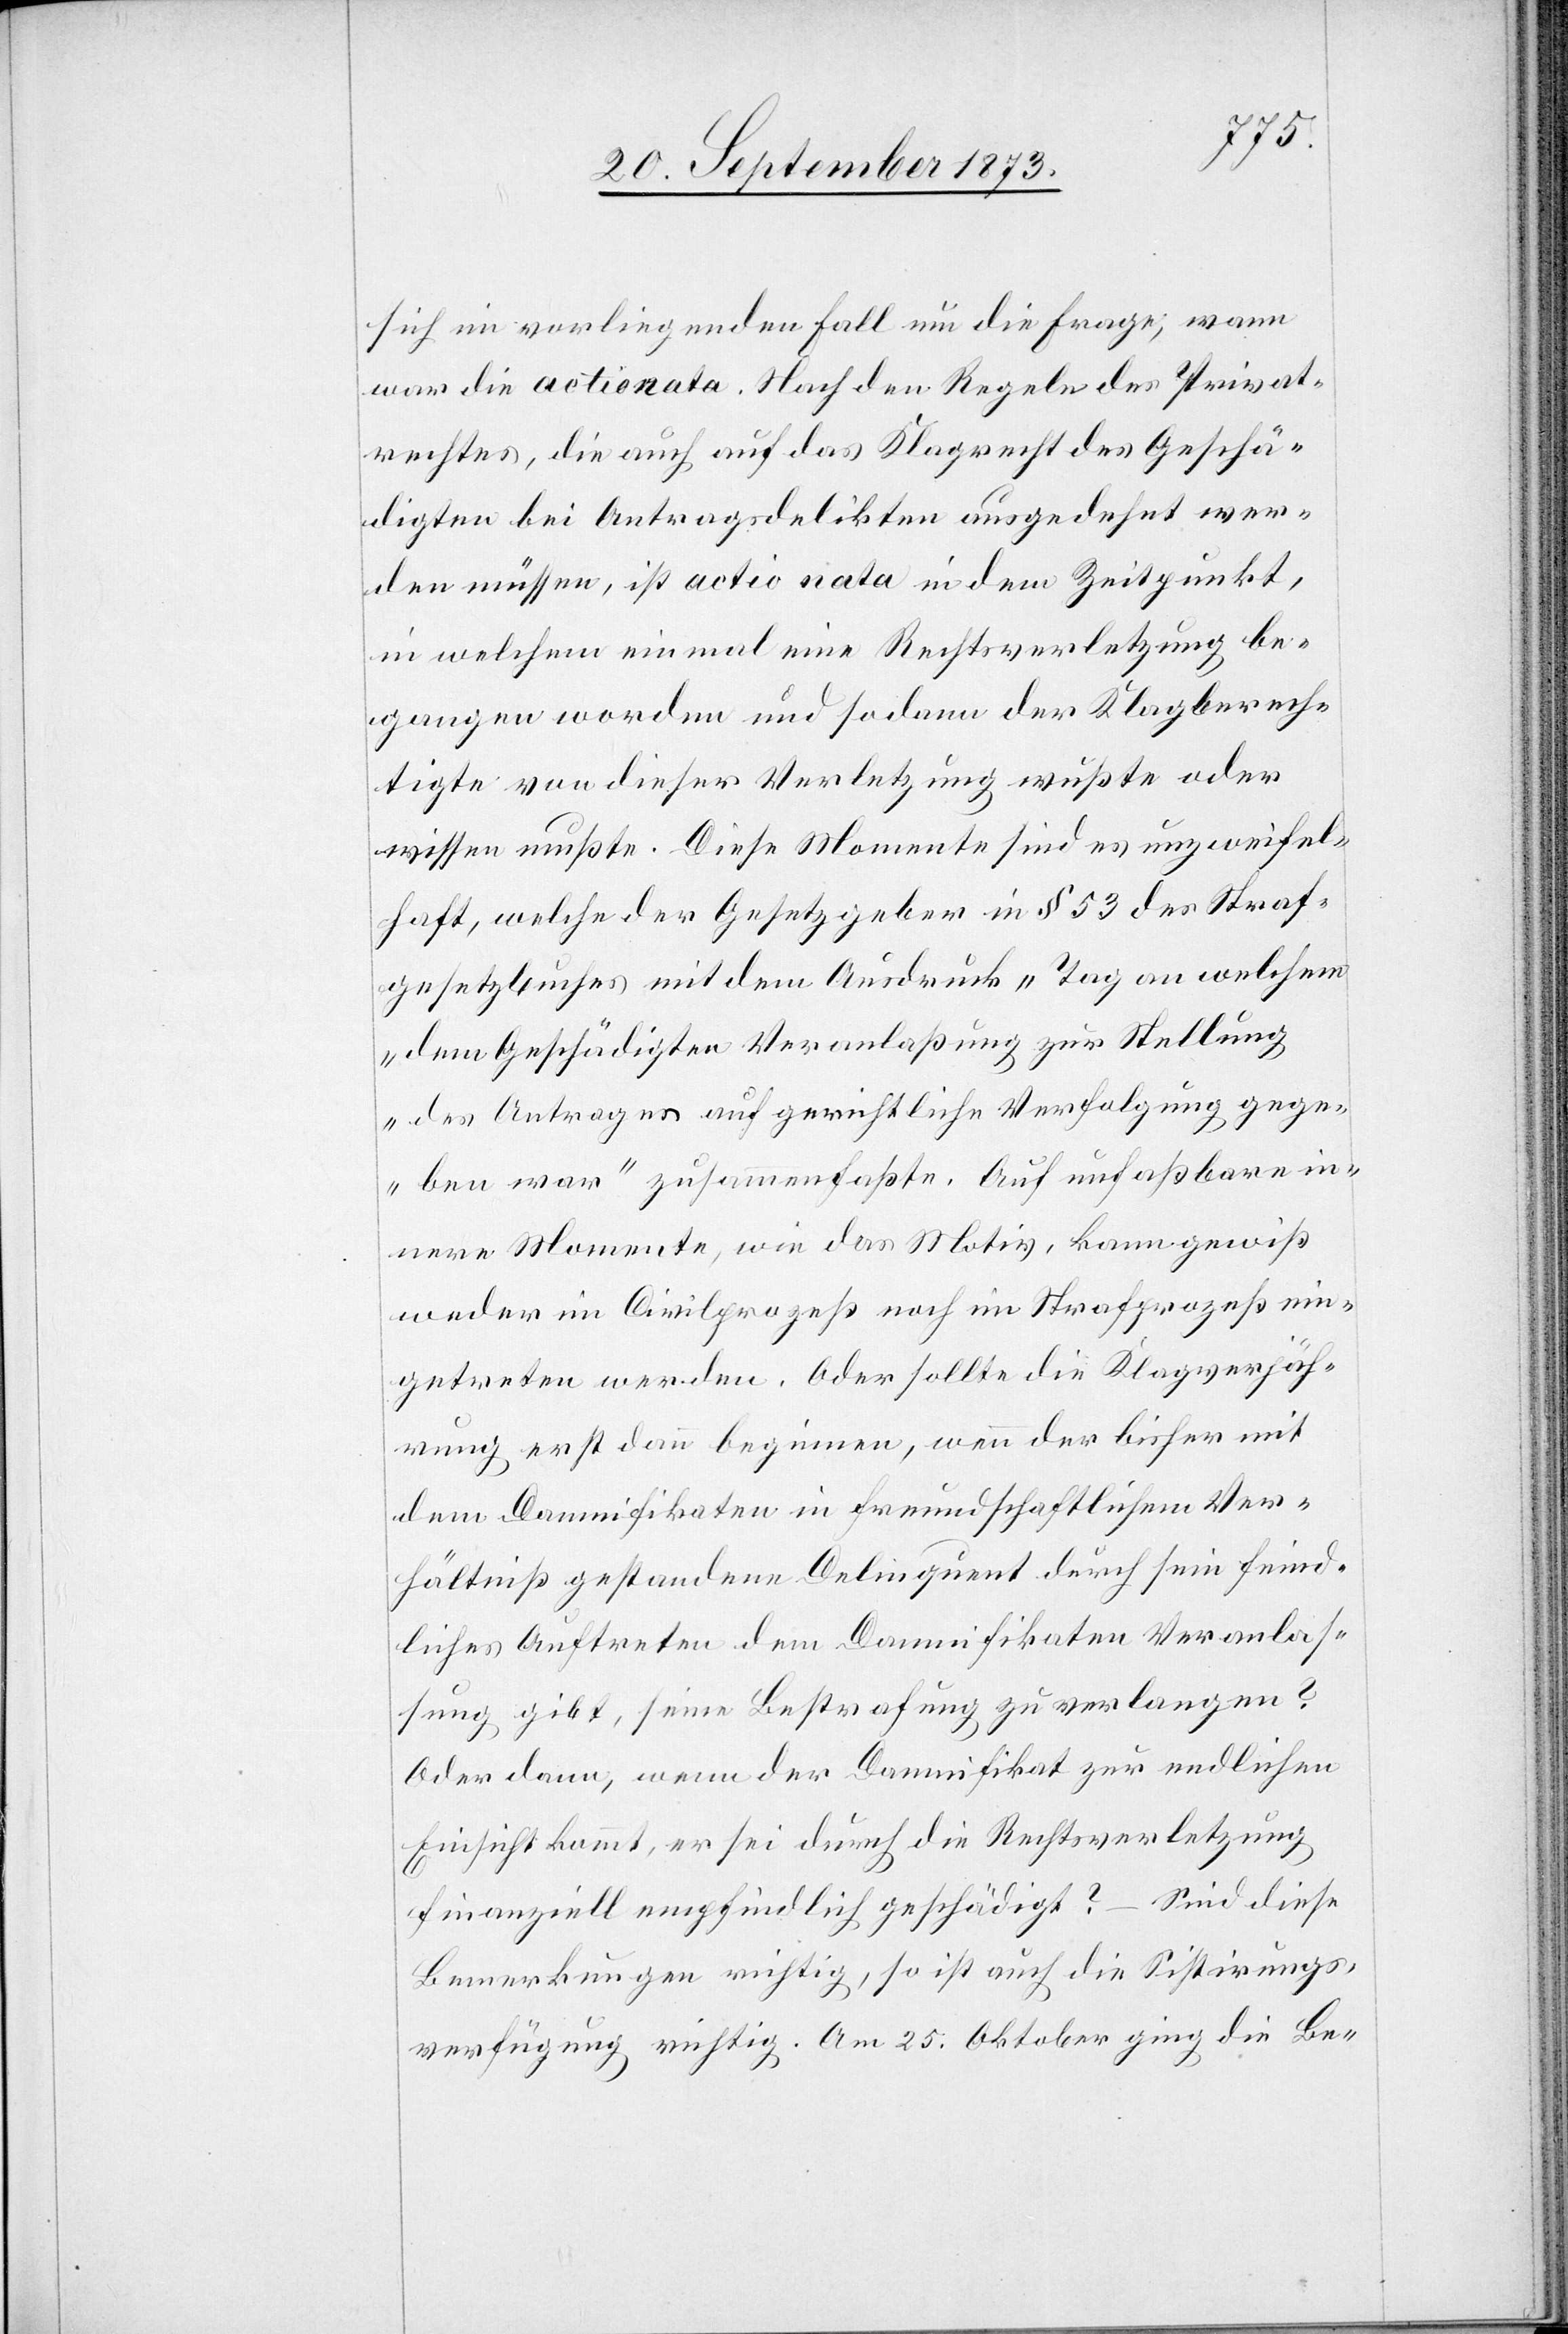
sich im vorliegenden Fall um die Frage, wann
war die actionata. Nach den Regeln des Privat¬
rechtes, die auch auf das Klagrecht des Geschä¬
digten bei Antragsdelikten ausgedehnt wer¬
den müssen, ist actionata in dem Zeitpunkt,
in welchem einmal eine Rechtsverletzung be¬
gangen worden und sodann der Klagberech¬
tigte von dieser Verletzung wußte oder
wissen mußte. Diese Momente sind es unzweifel¬
haft, welche der Gesetzgeber in § 53 des Straf¬
gesetzbuches mit dem Ausdruck „Tag an welchem
dem Geschädigten Veranlaßung zur Stellung
des Antrages auf gerichtliche Verfolgung gege¬
ben war“ zusammenfaßte. Auf unfaßbare in¬
nere Momente, wie das Motiv, kann gewiß
weder im Civilprozeß noch im Strafprozeß ein¬
getreten werden. Oder sollte die Klagverjäh¬
rung erst dann beginnen, wenn der bisher mit
dem Damnifikaten in freundschaftlichem Ver¬
hältniß gestandene Delinquent durch sein feind¬
liches Auftreten dem Damnifikaten Veranlas¬
sung gibt, seine Bestrafung zu verlangen?
Oder dann, wenn der Damnifikat zur endlichen
Einsicht kommt, er sei durch die Rechtsverletzung
finanziell empfindlich geschädigt? – Sind diese
Bemerkungen richtig, so ist auch die Sistirungs¬
verfügung richtig. Am 25. Oktober ging die Be-